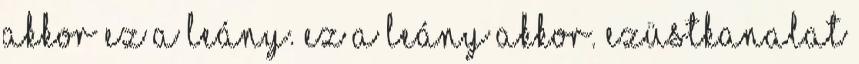
akkor ez a leány. ez a leány akkor. Ezüstkanalat